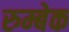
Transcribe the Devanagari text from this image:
रुम्बेक